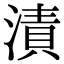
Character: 漬